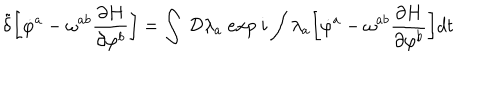
{ \tilde { \delta } } \biggl [ { \dot { \varphi } } ^ { a } - \omega ^ { a b } { \frac { \partial H } { \partial \varphi ^ { b } } } \biggr ] = \int ~ { \cal D } \lambda _ { a } ~ e x p ~ i \int \lambda _ { a } \biggl [ { \dot { \varphi } } ^ { a } - \omega ^ { a b } { \frac { \partial H } { \partial \varphi ^ { b } } } \biggr ] d t